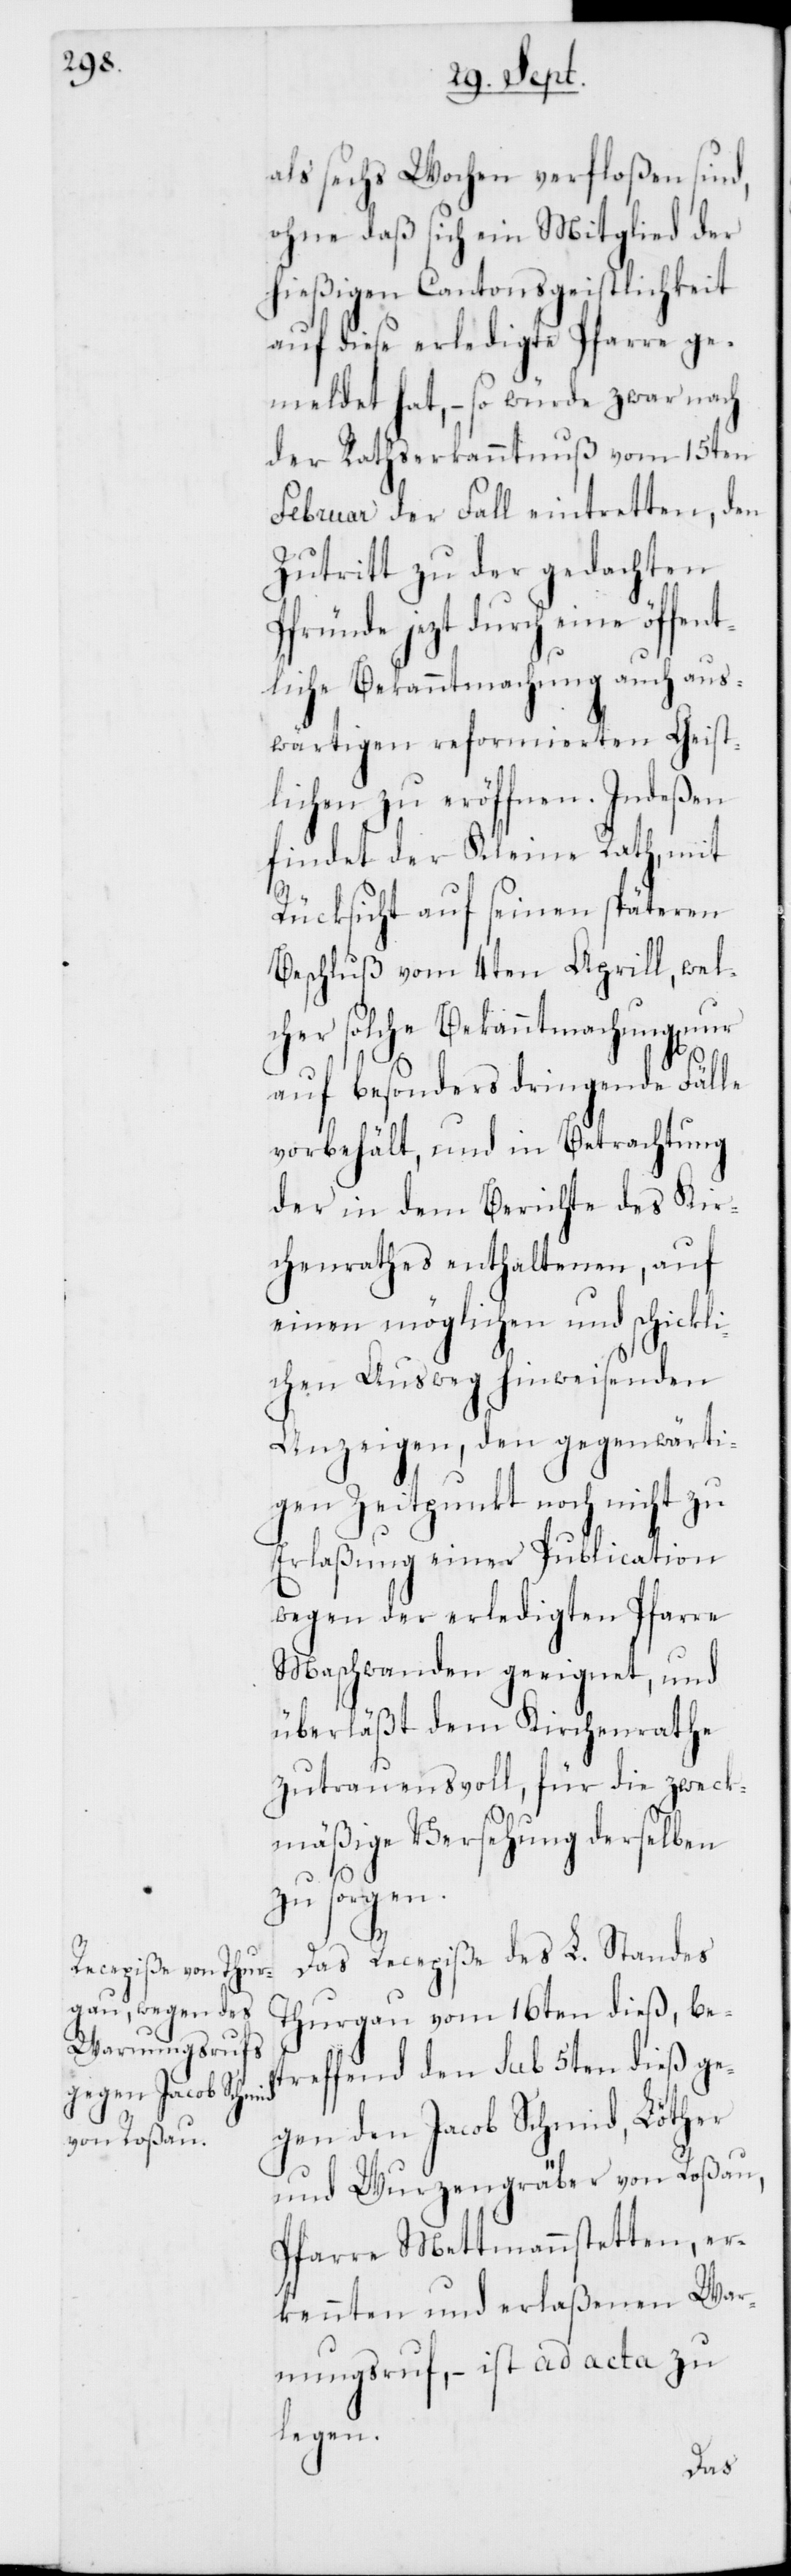
als sechs Wochen verfloßen sind,
ohne daß sich ein Mitglied der
hießigen Cantonsgeistlichkeit
auf diese erledigte Pfarre ge¬
meldet hat, – so würde zwar nach
der Rathserkanntnuß vom 15ten
Februar der Fall eintretten, den
Zutritt zu der gedachten
Pfründe jezt durch eine öffent¬
liche Bekanntmachung auch aus¬
wärtigen reformierten Geist¬
lichen zu eröffnen. Indeßen
findet der Kleine Rath mit
Rücksicht auf seinen späteren
Beschluß vom 4ten Aprill, wel¬
cher solche Bekanntmachungen
auf besonders dringende Fälle
vorbehält, und in Betrachtung
der in dem Berichte des Kir¬
chenrathes enthaltenen, auf
einen möglichen und schickli¬
chen Ausweg hinweisenden
Anzeigen, den gegenwärti¬
gen Zeitpunkt noch nicht zu
Erlaßung einer Publication
wegen der erledigten Pfarre
Maschwanden geeignet, und
überläßt dem Kirchenrathe
zutrauensvoll, für die zweck¬
mäßige Versehung derselben
zu sorgen.
Das Recepiße des L. Standes
Thurgau vom 16ten dieß, be¬
treffend den sub 5ten dieß ge¬
gen den Jacob Schmid, Löther
und Wurzengräber von Roßau,
Pfarre Mettmannstetten, er¬
kennten und erlaßenen War¬
nungsruf, – ist ad acta zu
legen.